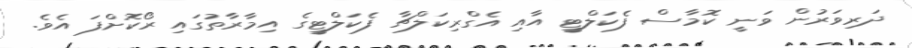
ދަރިވަރުން ވަނީ ކޮމާސް ފެކަލްޓީ އާއި އެގްރިކަލްޗާ ފެކަލްޓީގެ އިމާރާތުގައި ރޯކޮށްފަ އެވެ.